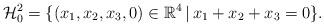
LaTeX: \begin{align*}\mathcal H_0^2 = \{ (x_1, x_2, x_3, 0) \in \mathbb R^4 \, | \, x_1 + x_2 + x_3 = 0 \}.\end{align*}